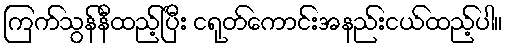
ကြက်သွန်နီထည့်ပြီး ငရုတ်ကောင်းအနည်းငယ်ထည့်ပါ။